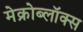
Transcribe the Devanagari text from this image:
मेक्रोब्लॉक्स